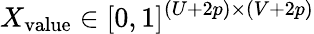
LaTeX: X_{\mathrm{value}}\in[0,1]^{(U+2p)\times(V+2p)}